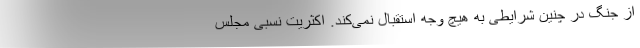
از جنگ در چنین شرایطی به هیچ وجه استقبال نمی‌کند. اکثریت نسبی مجلس